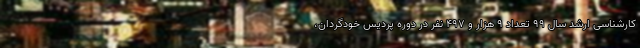
کارشناسی ارشد سال ۹۹ تعداد ۹ هزار و ۴۹۷ نفر در دوره پردیس خودگردان،